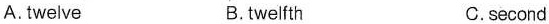
A.twelve B.twelfth C.second